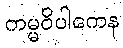
ကမ္မဝိပါကေန